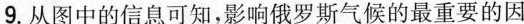
9.从图中的信息可知，影响俄罗斯气候的最重要的因